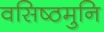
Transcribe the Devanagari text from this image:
वसिष्ठमुनि